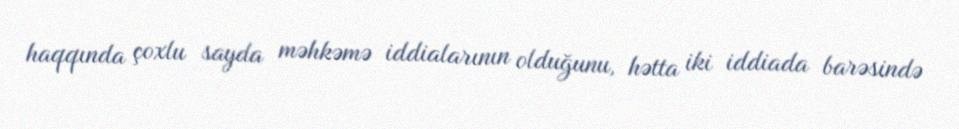
haqqında çoxlu sayda məhkəmə iddialarının olduğunu, hətta iki iddiada barəsində